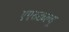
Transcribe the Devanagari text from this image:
एएसडब्ल्यू